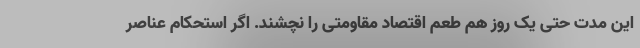
این مدت حتی یک روز هم طعم اقتصاد مقاومتی را نچشند. اگر استحکام عناصر